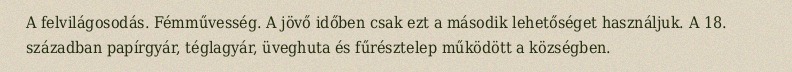
A felvilágosodás. Fémművesség. A jövő időben csak ezt a második lehetőséget használjuk. A 18. században papírgyár, téglagyár, üveghuta és fűrésztelep működött a községben.